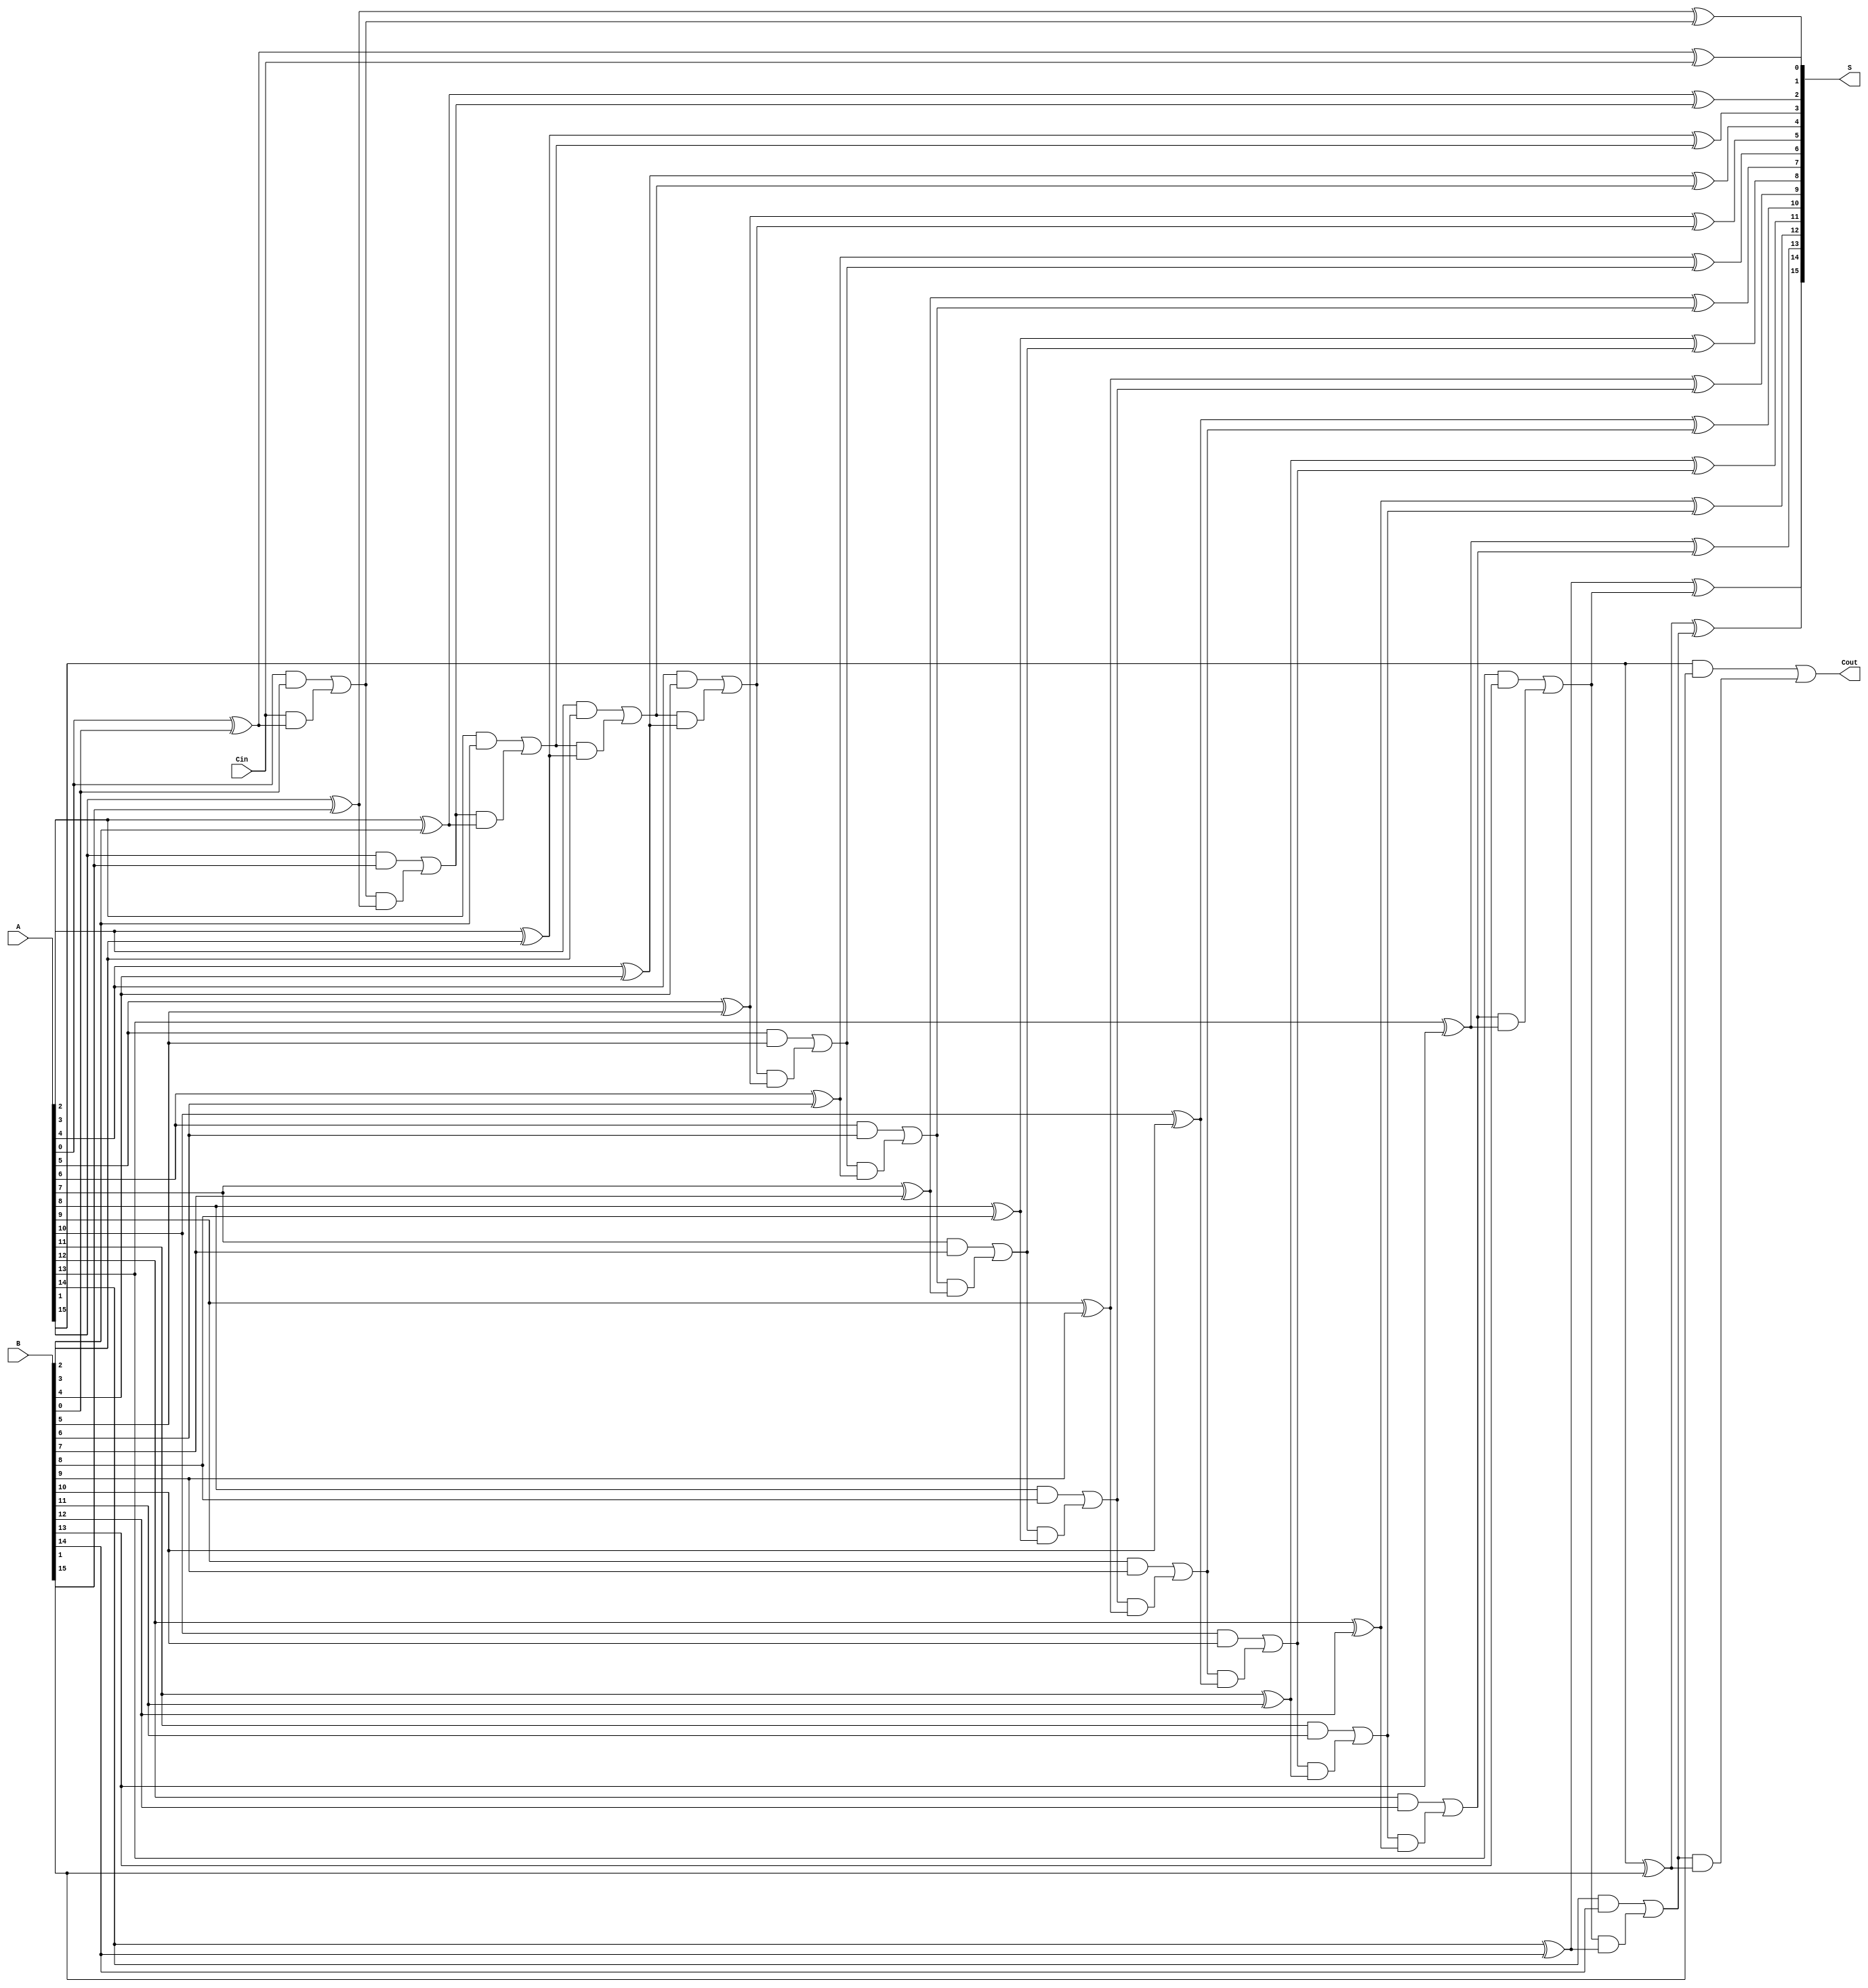
module PrecomputationCarryAdder #(parameter N = 16) (
    input  wire [N-1:0] A,     // First n-bit input
    input  wire [N-1:0] B,     // Second n-bit input
    input  wire Cin,            // Carry input
    output reg  [N-1:0] S,      // n-bit sum output
    output reg  Cout            // Carry output
);

    reg [N:0] C;  // Carry values (N+1 to hold Cout)
  
    integer i;

    always @(*) begin
        C[0] = Cin; // Initialize carry-in to C[0]

        // Compute carry and sum values for each bit position
        for (i = 0; i < N; i = i + 1) begin
            // Compute the carry for the current bit
            C[i+1] = (A[i] & B[i]) | (C[i] & (A[i] ^ B[i]));

            // Compute the sum for the current bit
            S[i] = A[i] ^ B[i] ^ C[i];
        end
        
        // The carry out is the last computed carry
        Cout = C[N];
    end

endmodule